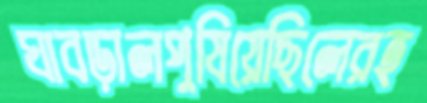
ঘাবড়ালপুষিয়েছিলেরহ